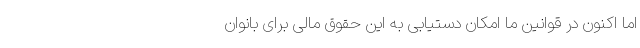
اما اکنون در قوانین ما امکان دستیابی به این حقوق مالی برای بانوان